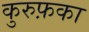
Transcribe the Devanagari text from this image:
कुरुफ़का